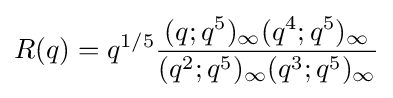
R(q)=q^{1/5}{\frac {(q;q^{5})_{\infty }(q^{4};q^{5})_{\infty }}{(q^{2};q^{5})_{\infty }(q^{3};q^{5})_{\infty }}}